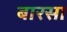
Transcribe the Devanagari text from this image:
बारसा